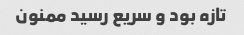
تازه بود و سریع رسید ممنون